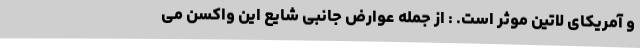
و آمریکای لاتین موثر است. : از جمله عوارض جانبی شایع این واکسن می